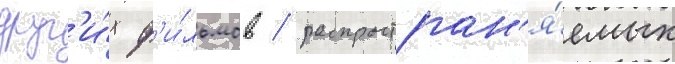
друг'и́х ф'и́льмов / распростран'я́емых